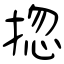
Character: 㧾